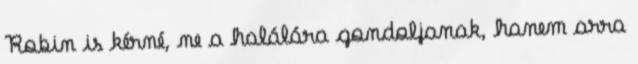
Robin is kérné, ne a halálára gondoljanak, hanem arra